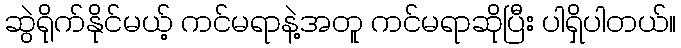
ဆွဲရိုက်နိုင်မယ့် ကင်မရာနဲ့အတူ ကင်မရာဆိုပြီး ပါရှိပါတယ်။